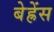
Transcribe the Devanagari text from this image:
बेह्रेंस